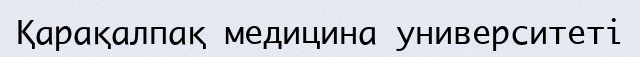
Қарақалпақ медицина университеті